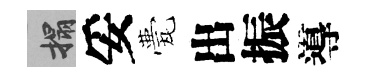
搨妥甍出振導